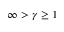
\infty > \gamma \geq 1